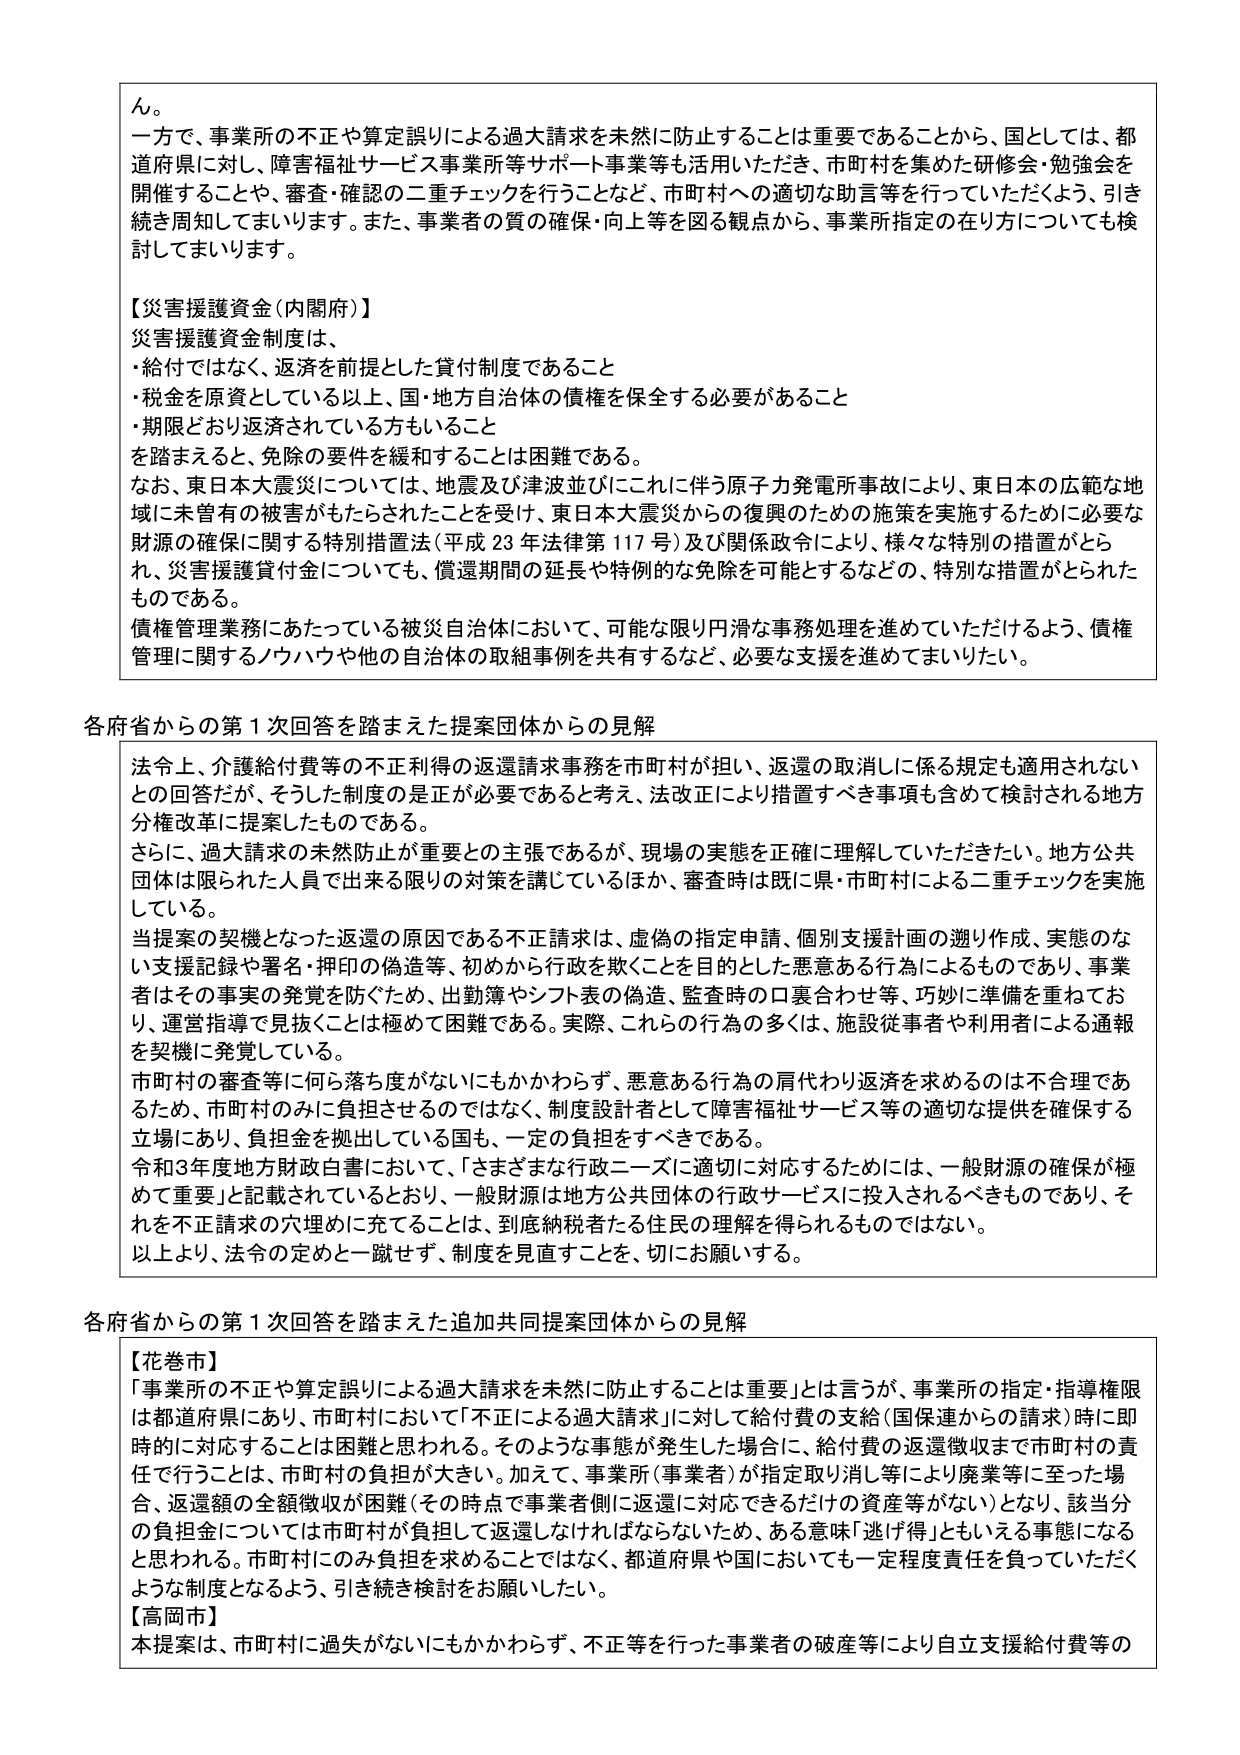
ん。
一方で、事業所の不正や算定誤りによる過大請求を未然に防止することは重要であることから、国としては、都道府県に対し、障害福祉サービス事業所等サポート事業等も活用いただき、市町村を集めた研修会・勉強会を開催することや、審査・確認の二重チェックを行うことなど、市町村への適切な助言等を行っていただくよう、引き続き周知してまいります。また、事業者の質の確保・向上等を図る観点から、事業所指定の在り方についても検討してまいります。

【災害援護資金（内閣府）】
災害援護資金制度は、
・給付ではなく、返済を前提とした貸付制度であること
・税金を原資としている以上、国・地方自治体の債権を保全する必要があること
・期限どおり返済されている方もいること
を踏まえると、免除の要件を緩和することは困難である。
なお、東日本大震災については、地震及び津波並びにこれに伴う原子力発電所事故により、東日本の広範な地域に未曾有の被害がもたらされたことを受け、東日本大震災からの復興のための施策を実施するために必要な財源の確保に関する特別措置法（平成23年法律第117号）及び関係政令により、様々な特別の措置がとられ、災害援護貸付金についても、償還期間の延長や特例的な免除を可能とするなどの、特別な措置がとられたものである。
債権管理業務にあたっている被災自治体において、可能な限り円滑な事務処理を進めていただけるよう、債権管理に関するノウハウや他の自治体の取組事例を共有するなど、必要な支援を進めてまいりたい。

各府省からの第1次回答を踏まえた提案団体からの見解
法令上、介護給付費等の不正利得の返還請求事務を市町村が担い、返還の取消しに係る規定も適用されないとの回答だが、そうした制度のは正が必要であると考え、法改正により措置すべき事項も含めて検討される地方分権改革に提案したものである。
さらに、過大請求の未然防止が重要との主張であるが、現場の実態を正確に理解していただきたい。地方公共団体は限られた人員で出来る限りの対策を講じているほか、審査時は既に県・市町村による二重チェックを実施している。
当提案の契機となった返還の原因である不正請求は、虚偽の指定申請、個別支援計画の遡り作成、実態のない支援記録や署名・押印の偽造等、初めから行政を欺くことを目的とした悪意ある行為によるものであり、事業者はその事実の発覚を防ぐため、出勤簿やシフト表の偽造、監査時の口裏合わせ等、巧妙に準備を重ねており、運営指導で見抜くことは極めて困難である。実際、これらの行為の多くは、施設従事者や利用者による通報を契機に発覚している。
市町村の審査等に何ら落ち度がないにもかかわらず、悪意ある行為の肩代わり返済を求めるのは不合理であるため、市町村のみに負担させるのではなく、制度設計者として障害福祉サービス等の適切な提供を確保する立場にあり、負担金を拠出している国も、一定の負担をすべきである。
令和3年度地方財政白書において、「さまざまな行政ニーズに適切に対応するためには、一般財源の確保が極めて重要」と記載されているとおり、一般財源は地方公共団体の行政サービスに投入されるべきものであり、それを不正請求の穴埋めに充てることは、到底納税者たる住民の理解を得られるものではない。
以上より、法令の定めと一蹴せず、制度を見直すことを、切にお願いする。

各府省からの第1次回答を踏まえた追加共同提案団体からの見解
【花巻市】
「事業所の不正や算定誤りによる過大請求を未然に防止することは重要」とは言うが、事業所の指定・指導権限は都道府県にあり、市町村において「不正による過大請求」に対して給付費の支給（国保連からの請求）時に即時的に対応することは困難と思われる。そのような事態が発生した場合に、給付費の返還徴収まで市町村の責任で行うことは、市町村の負担が大きい。加えて、事業所（事業者）が指定取り消し等により廃業等に至った場合、返還額の全額徴収が困難（その時点で事業者側に返還に対応できるだけの資産等がない）となり、該当分の負担金については市町村が負担して返還しなければならないため、ある意味「逃げ得」ともいえる事態になると思われる。市町村にのみ負担を求めることではなく、都道府県や国においても一定程度責任を負っていただくような制度となるよう、引き続き検討をお願いしたい。
【高岡市】
本提案は、市町村に過失がないにもかかわらず、不正等を行った事業者の破産等により自立支援給付費等の